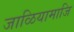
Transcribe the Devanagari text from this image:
जाळियामाजि